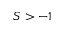
S > - 1